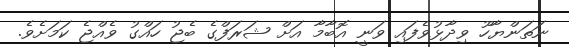
ނަތަންޔާހޫ ވިދާޅުވެފައި ވަނީ އޮބާމާ އަށް ޝަރަފްގެ ބެޖު ހައްގު ވެއްޖެ ކަމަށެވެ.